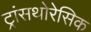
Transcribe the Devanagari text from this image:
ट्रांसथोरेसिक